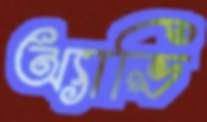
অ্যাভি